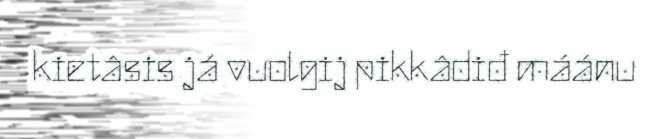
kietâsis já vuolgij pikkâdiđ máánu